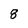
Character: 8